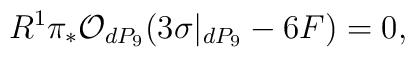
R^{1}\pi_{*} {\cal O}_{dP_9}(3 \sigma|_{dP_9} -6F) = 0,